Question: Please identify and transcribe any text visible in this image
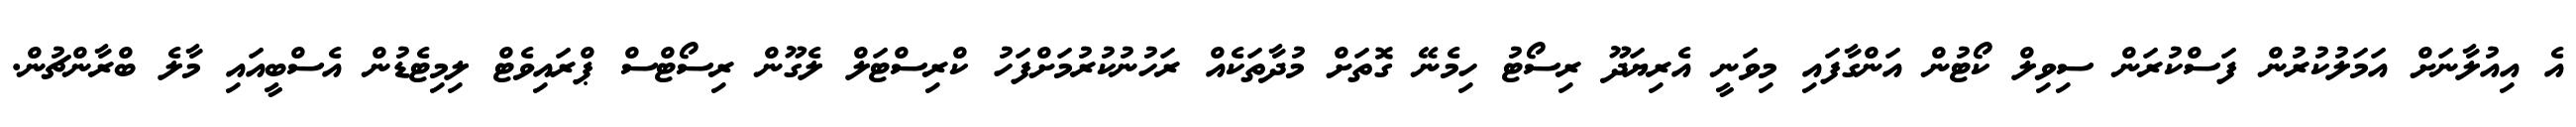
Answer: އެ އިއުލާނަށް އަމަލުކުރުން ފަސްކުރަން ސިވިލް ކޯޓުން އަންގާފައި މިވަނީ އެރިޔަދޫ ރިސޯޓު ހިމެނޭ ގޮތަށް މުދާތަކެއް ރަހުނުކުރުމަށްފަހު ކްރިސްޓަލް ލެގޫން ރިސޯޓްސް ޕްރައިވެޓް ލިމިޓެޑުން އެސްބީއައި މާލެ ބްރާންޗުން.